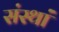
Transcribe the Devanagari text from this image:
संस्थां